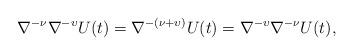
LaTeX: \begin{align*}\nabla^{-\nu}\nabla^{-\upsilon}U(t)=\nabla^{-(\nu+\upsilon)}U(t)=\nabla^{-\upsilon}\nabla^{-\nu}U(t),\end{align*}